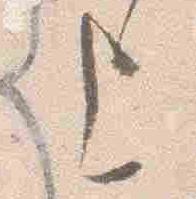
上